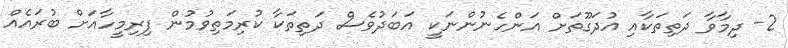
2- ދިމާވާ ދަތިތަކާއި އުދަގޫތަށް އަންހެނުންނަކީ އަބަދުވެސް ދަތިތަކާ ކުރިމަތިވުމުން ފިރިމީހާއަށް ބުރައެއް